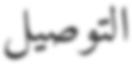
التوصيل